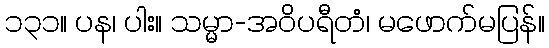
၁၃၁။ ပန၊ ပါး။ သမ္မာ-အဝိပရီတံ၊ မဖောက်မပြန်။